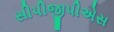
સીપીજીપીએસ